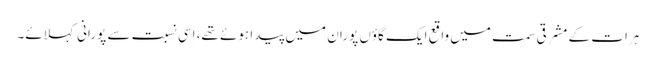
ہرات کے مشرقی سمت میں واقع ایک گاؤں پوران میں پیدا ہوئے تھے، اِسی نسبت سے پورانی کہلائے۔